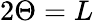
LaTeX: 2\Theta=L